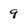
Character: 9